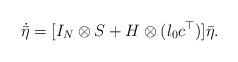
LaTeX: \begin{align*}\dot{\bar \eta}=[I_N \otimes S+H\otimes (l_0c^{\top})]\bar \eta.\end{align*}